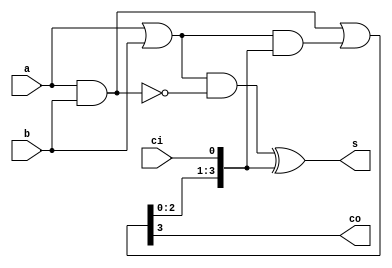
//==================================================================================================
//  Revision      : 
//  Company       : College of Information Science and Electronic Engineering, Zhejiang University
//
//  Description   : 4 bits carry-lookahead adder implemented in data stream
//
//
//==================================================================================================
module adder_4bits(a,b,ci,s,co);
	input[3:0] a,b;
	input ci;
	output[3:0] s;
	output co;
	wire[3:0] G,P,C;
	assign G=a&b;
	assign P=a|b;
	assign C=G|P&{C[2:0],ci};
	assign s=P&(~G)^{C[2:0],ci};
	assign co=C[3];
endmodule